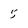
Character: 5